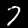
Label: 7